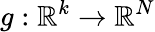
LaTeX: g:\mathbb{R}^{k}\to\mathbb{R}^{N}